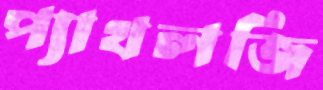
প্যাথলজি